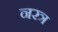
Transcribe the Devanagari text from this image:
नरत्र